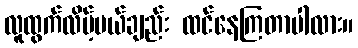
လူထွက်လိမ့်မယ်ချည်း ထင်နေကြတာပါလား။